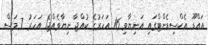
އައްޑޫ އެކްސިޑެންޓްގައި އަނިޔާވި 16 އަހަރުގެ ކުއްޖާ ނިޔާވެއްޖެ1 އަހަރު 7 މަސް